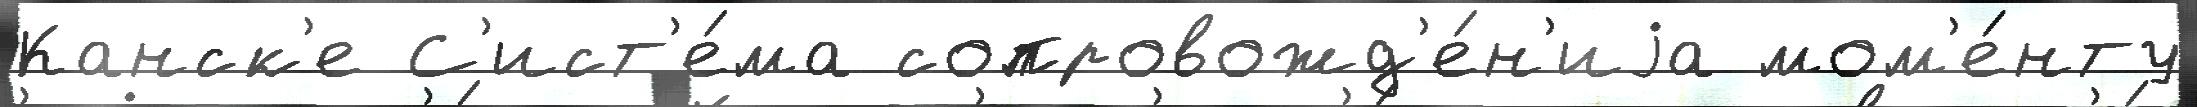
Канск'е С'ист'е́ма сопровожд'е́н'иjа мом'е́нту